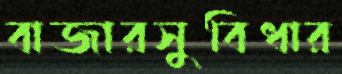
বাজারসুবিধার